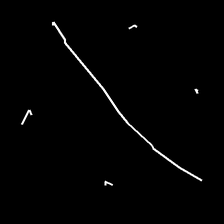
Glyph: cool